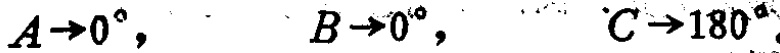
$A\rightarrow0^{\circ},\quad B\rightarrow0^{\circ},\quad C\rightarrow180^{\circ}$